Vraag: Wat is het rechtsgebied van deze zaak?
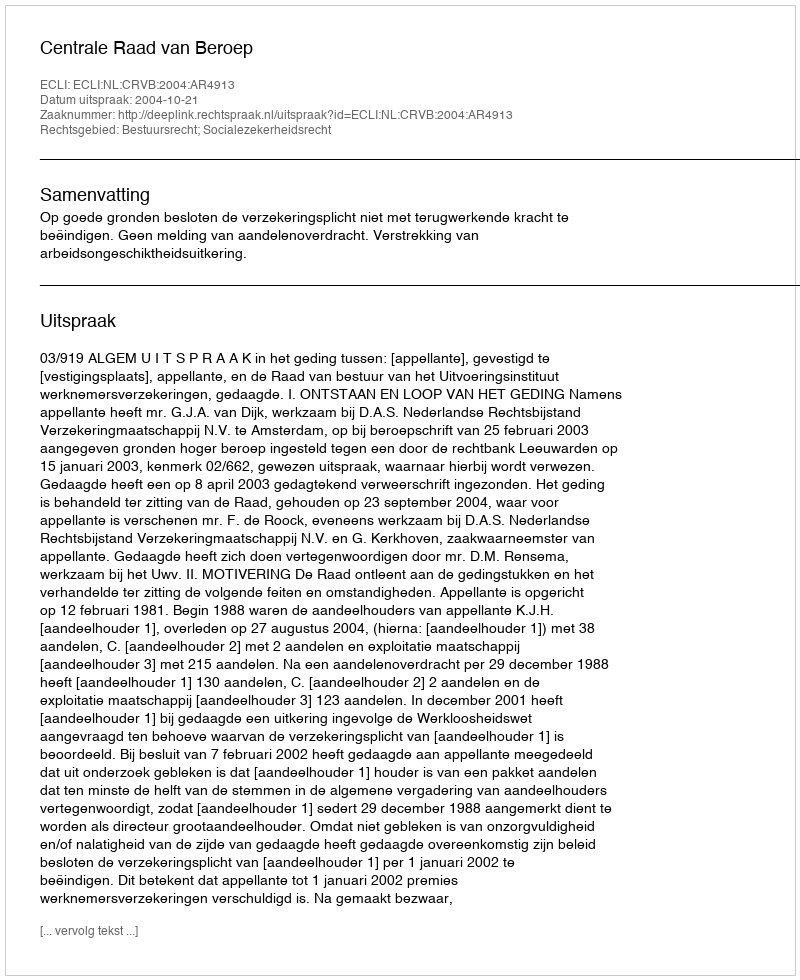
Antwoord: Bestuursrecht; Socialezekerheidsrecht